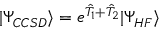
| \Psi _ { C C S D } \rangle = e ^ { \hat { T } _ { 1 } + \hat { T } _ { 2 } } | \Psi _ { H F } \rangle